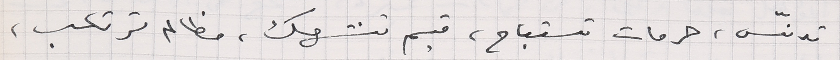
تدنّس، حرمات تستباح، قيم تنتهك، مظالم ترتكب،